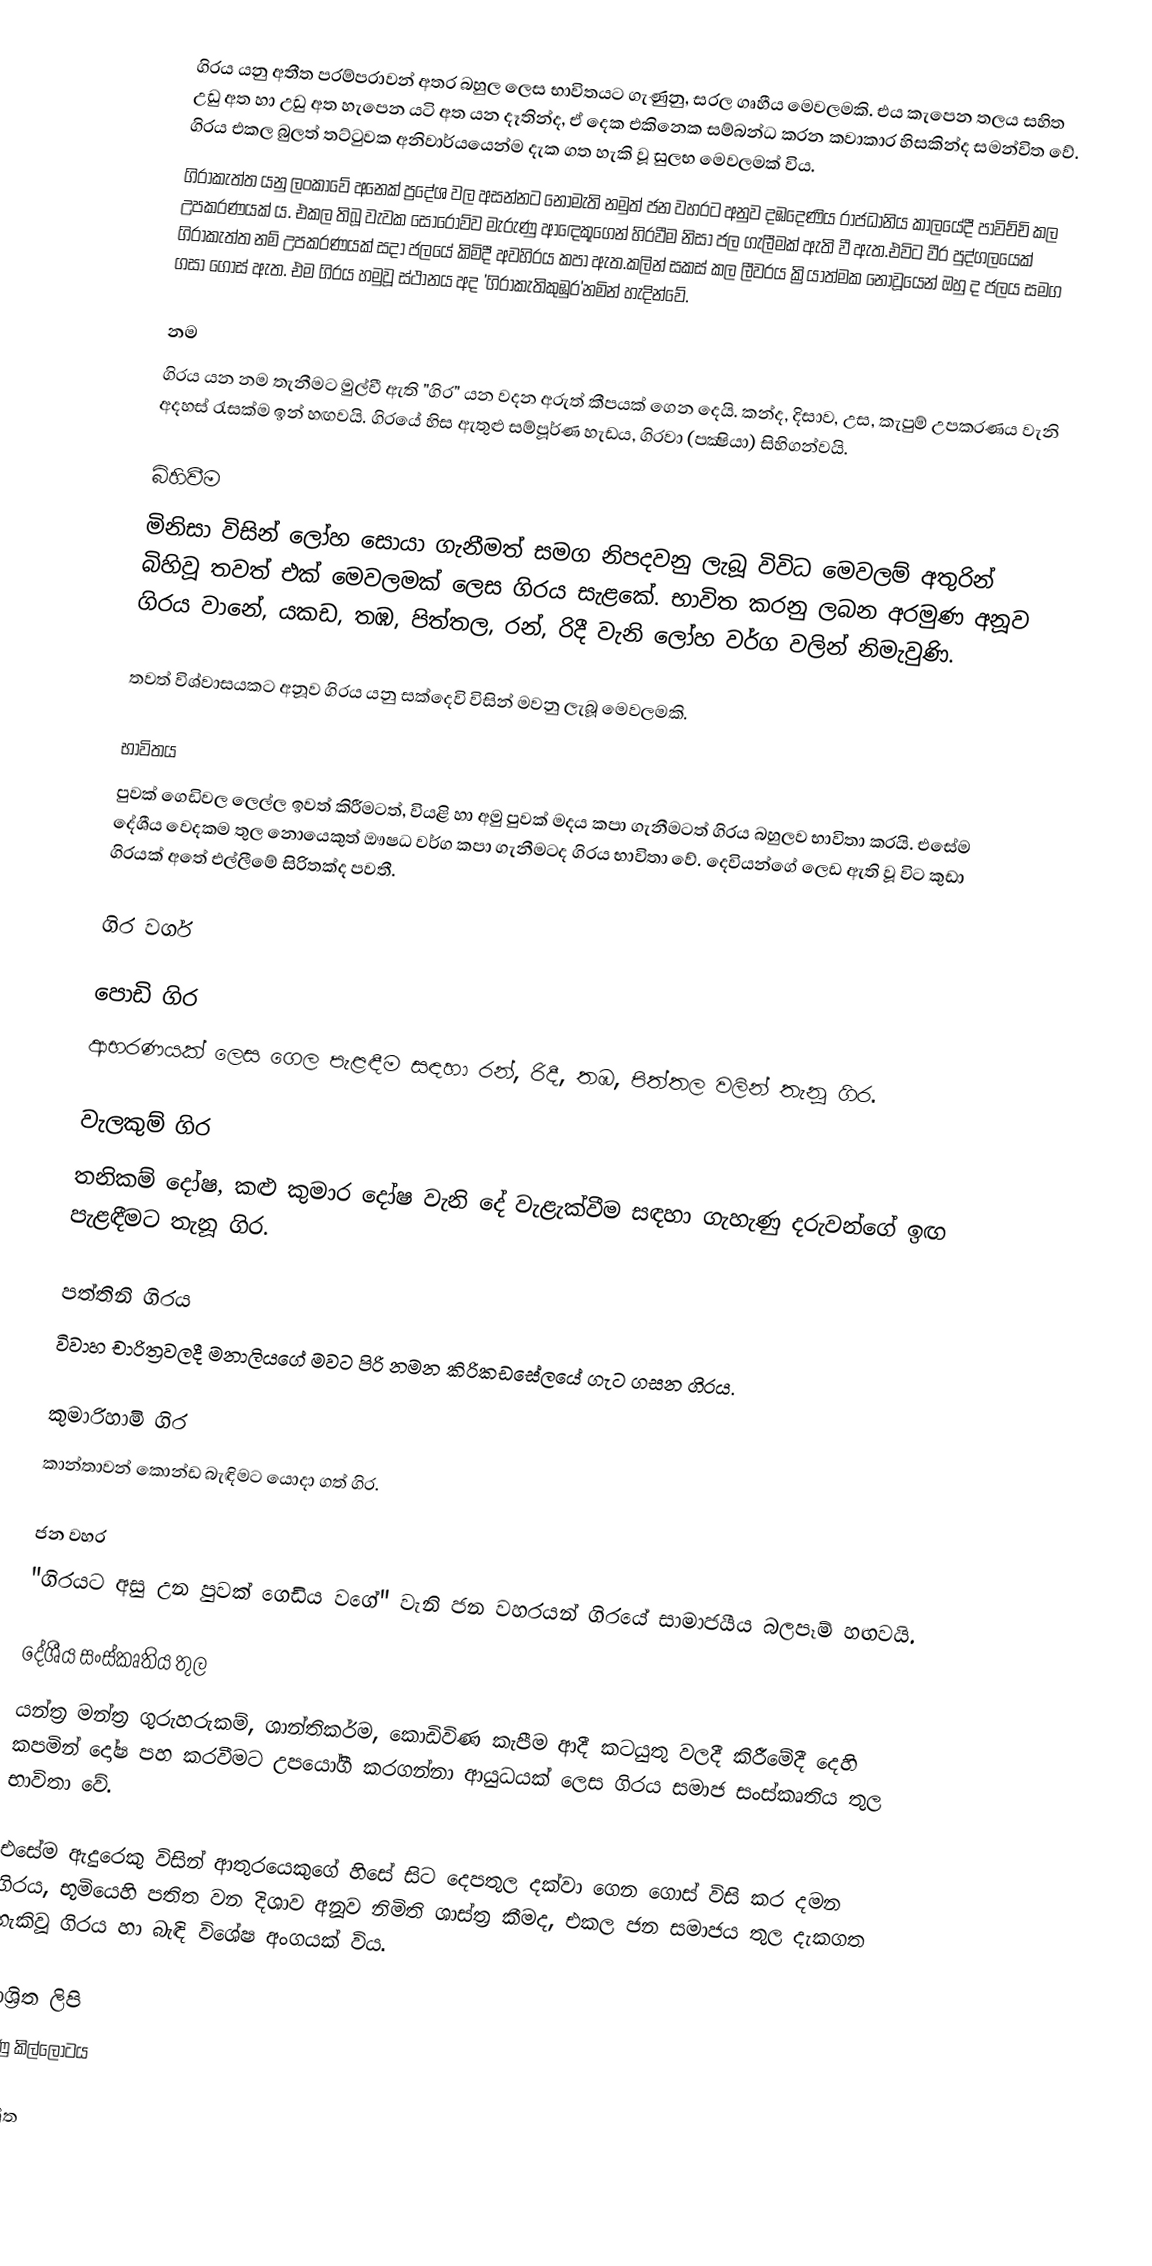
ගිරය යනු අතීත පරම්පරාවන් අතර බහුල ලෙස භාවිතයට ගැණුනු, සරල ගෘහීය මෙවලමකි. එය කැපෙන තලය සහිත උඩු අත හා උඩු අත හැපෙන යටි අත යන දෑතින්ද, ඒ දෙක එකිනෙක සම්බන්ධ කරන කවාකාර හිසකින්ද සමන්විත වේ. ගිරය එකල බුලත් තට්‌ටුවක අනිවාර්යයෙන්ම දැක ගත හැකි වූ සුලභ මෙවලමක් විය.
ගිරාකැත්ත යනු ලංකාවේ අනෙක් ප්‍රදේශ වල අසන්නට නොමැති නමුත් ජන වහරට අනුව දඹදෙණිය රාජධානිය කාලයේදී පාවිච්චි කල උපකරණයක් ය. එකල තිබූ වැවක සොරොව්ව මැරුණු ආඳෙකූගෙන් හිරවීම නිසා ජල ගැලීමක් ඇති වී ඇත.එවිට වීර පුද්ගලයෙක් ගිරාකැත්ත නම් උපකරණයක් සදා ජලයේ කිමිදී අවහිරය කපා ඇත.කලින් සකස් කල ලීවරය ක්‍රියාත්මක නොවූයෙන් ඔහු ද ජලය සමග ගසා ගොස් ඇත. එම ගිරය හමුවූ ස්ථානය අද 'ගිරාකැතිකුඹුර'නමින් හැදින්වේ.

නම
ගිරය යන නම තැනීමට මුල්වී ඇති "ගිර" යන වදන අරුත් කීපයක්‌ ගෙන දෙයි. කන්ද, දිසාව, උස, කැපුම් උපකරණය වැනි අදහස් රැසක්ම ඉන් හඟවයි. ගිරයේ හිස ඇතුළු සම්පූර්ණ හැඩය, ගිරවා (පක්‍ෂියා)  සිහිගන්වයි.

බිහිවීම
මිනිසා විසින් ලෝහ සොයා ගැනීමත් සමග නිපදවනු ලැබූ විවිධ මෙවලම් අතුරින් බිහිවූ තවත් එක් මෙවලමක්‌ ලෙස ගිරය සැළකේ. භාවිත කරනු ලබන අරමුණ අනූව ගිරය වානේ, යකඩ, තඹ, පිත්තල, රන්, රිදී වැනි ලෝහ වර්ග වලින් නිමැවුණි.

තවත් විශ්වාසයකට අනූව ගිරය යනු සක්දෙවි විසින් මවනු ලැබූ මෙවලමකි.

භාවිතය
පුවක් ගෙඩිවල ලෙල්ල ඉවත් කිරීමටත්, වියළි හා අමු පුවක්‌ මදය කපා ගැනීමටත් ගිරය බහුලව භාවිතා කරයි. එසේම දේශීය වෙදකම තුල නොයෙකුත් ඖෂධ වර්ග කපා ගැනීමටද ගිරය භාවිතා වේ. දෙවියන්ගේ ලෙඩ ඇති වූ විට කුඩා ගිරයක් අතේ එල්ලීමේ සිරිතක්‌ද පවතී.

ගිර වර්ග

පොඩි ගිර
ආභරණයක් ලෙස ගෙල පැළඳීම සඳහා රන්, රිදී, තඹ, පිත්තල වලින් තැනූ ගිර.

වැලකුම් ගිර
තනිකම් දෝෂ, කළු කුමාර දෝෂ වැනි දේ වැළැක්වීම සඳහා ගැහැණු දරුවන්ගේ ඉඟ පැළඳීමට තැනූ ගිර.

පත්තිනි ගිරය
විවාහ චාරිත්‍රවලදී මනාලියගේ මවට පිරි නමන කිරිකඩසේලයේ ගැට ගසන ගිරය.

කුමාරිහාමි ගිර
කාන්තාවන් කොන්ඩ බැඳිමට යොදා ගත් ගිර.

ජන වහර
"ගිරයට අසු උන පුවක්‌ ගෙඩිය වගේ" වැනි ජන වහරයන් ගිරයේ සාමාජයීය බලපෑම් හඟවයි.

දේශීය සංස්කෘතිය තුල
යන්ත්‍ර මන්ත්‍ර ගුරුහරුකම්, ශාන්තිකර්ම, කොඩිවිණ කැපීම ආදී කටයුතු වලදී කිරීමේදී දෙහි කපමින් දෝෂ පහ කරවීමට උපයෝගී කරගන්නා ආයුධයක් ලෙස ගිරය සමාජ සංස්කෘතිය තුල භාවිතා වේ.

එසේම ඇදුරෙකු විසින් ආතුරයෙකුගේ හිසේ සිට දෙපතුල දක්වා ගෙන ගොස් විසි කර දමන ගිරය, භූමියෙහි පතිත වන දිශාව අනූව නිමිති ශාස්‌ත්‍ර කීමද, එකල ජන සමාජය තුල දැකගත හැකිවූ ගිරය හා බැඳි විශේෂ අංගයක් විය.

ආශ්‍රිත ලිපි
 හුණු කිල්ලෝටය

ආශ්‍රිත